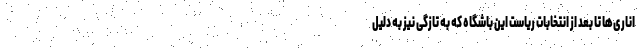
اناری‌ها تا بعد از انتخابات ریاست این باشگاه که به تازگی نیز به دلیل